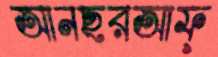
আনছরআফ্